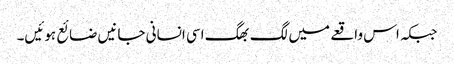
جبکہ اس واقعے میں لگ بھگ اسی انسانی جانیں ضائع ہوئیں۔